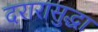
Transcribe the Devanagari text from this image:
दरारासुद्धा